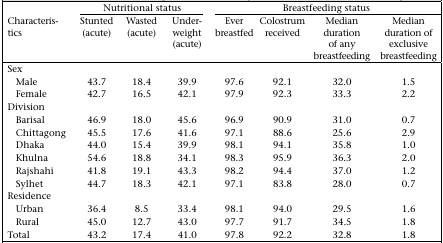
<table><thead><tr><td></td><td colspan="3"><b>Nutritional status</b></td><td colspan="4"><b>Breastfeeding status</b></td></tr><tr><td><b>Characteristics</b></td><td><b>Stunted (acute)</b></td><td><b>Wasted (acute)</b></td><td><b>Underweight (acute)</b></td><td><b>Ever breastfed</b></td><td><b>Colostrum received</b></td><td><b>Median duration of any breastfeeding</b></td><td><b>Median duration of exclusive breastfeeding</b></td></tr></thead><tbody><tr><td>Sex</td><td></td><td></td><td></td><td></td><td></td><td></td><td></td></tr><tr><td>Male</td><td>43.7</td><td>18.4</td><td>39.9</td><td>97.6</td><td>92.1</td><td>32.0</td><td>1.5</td></tr><tr><td>Female</td><td>42.7</td><td>16.5</td><td>42.1</td><td>97.9</td><td>92.3</td><td>33.3</td><td>2.2</td></tr><tr><td>Division</td><td></td><td></td><td></td><td></td><td></td><td></td><td></td></tr><tr><td>Barisal</td><td>46.9</td><td>18.0</td><td>45.6</td><td>96.9</td><td>90.9</td><td>31.0</td><td>0.7</td></tr><tr><td>Chittagong</td><td>45.5</td><td>17.6</td><td>41.6</td><td>97.1</td><td>88.6</td><td>25.6</td><td>2.9</td></tr><tr><td>Dhaka</td><td>44.0</td><td>15.4</td><td>39.9</td><td>98.1</td><td>94.1</td><td>35.8</td><td>1.0</td></tr><tr><td>Khulna</td><td>54.6</td><td>18.8</td><td>34.1</td><td>98.3</td><td>95.9</td><td>36.3</td><td>2.0</td></tr><tr><td>Rajshahi</td><td>41.8</td><td>19.1</td><td>43.3</td><td>98.2</td><td>94.4</td><td>37.0</td><td>1.2</td></tr><tr><td>Sylhet</td><td>44.7</td><td>18.3</td><td>42.1</td><td>97.1</td><td>83.8</td><td>28.0</td><td>0.7</td></tr><tr><td>Residence</td><td></td><td></td><td></td><td></td><td></td><td></td><td></td></tr><tr><td>Urban</td><td>36.4</td><td>8.5</td><td>33.4</td><td>98.1</td><td>94.0</td><td>29.5</td><td>1.6</td></tr><tr><td>Rural</td><td>45.0</td><td>12.7</td><td>43.0</td><td>97.7</td><td>91.7</td><td>34.5</td><td>1.8</td></tr><tr><td>Total</td><td>43.2</td><td>17.4</td><td>41.0</td><td>97.8</td><td>92.2</td><td>32.8</td><td>1.8</td></tr></tbody></table>